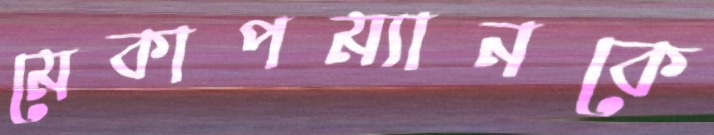
মেকাপম্যানকে